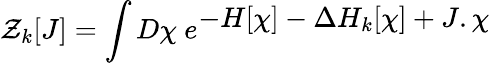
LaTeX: {\cal Z}_{k}[J]=\int D\chi\ e^{\displaystyle-H[\chi]-\Delta H_{k}[\chi]+J.\chi}